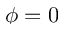
\phi = 0